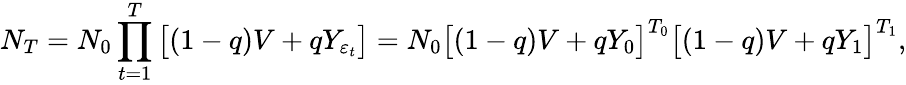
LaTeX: N_{T}=N_{0}\prod_{t=1}^{T}\big[(1-q)V+qY_{\varepsilon_{t}}\big]=N_{0}\big[(1-q)V+qY_{0}\big]^{T_{0}}\big[(1-q)V+qY_{1}\big]^{T_{1}},